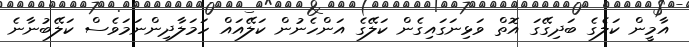
އާމީން ކަލެގެ ބަދިގޭގަ އޮތް ވަޅިނަގައިގެން ކަލޭގެ އަންހެނުން ކަލޭއައް ހަމަލާދިންނަމަވެސް ކަލޭބުނާނެ